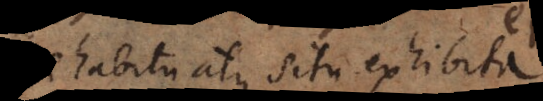
habitu atque situ exhibita